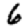
Digit: 6